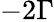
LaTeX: -2\Gamma